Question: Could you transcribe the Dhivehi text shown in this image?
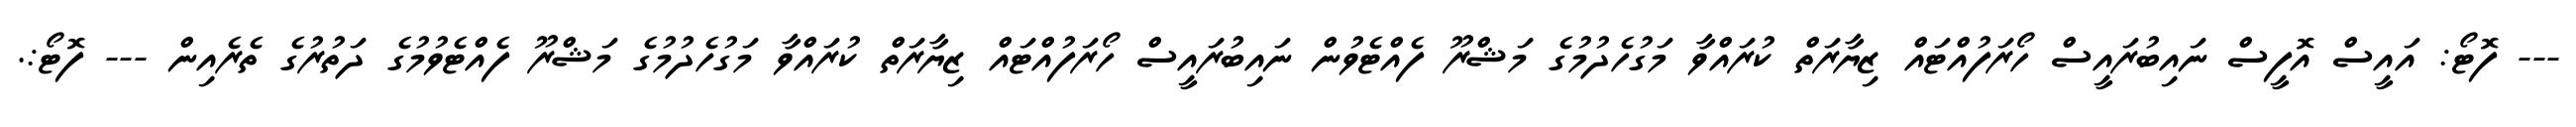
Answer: --- ފޮޓޯ: އައީސް އޮފީސް ނައިބުރައީސް ހޯރަފުއްޓައް ޒިޔާރަތް ކުރައްވާ މަގުހެދުމުގެ މަޝްރޫ ފެއްޓެވުން ނައިބުރައީސް ހޯރަފުއްޓައް ޒިޔާރަތް ކުރައްވާ މަގުހެދުމުގެ މަޝްރޫ ފެއްޓެވުމުގެ ދަތުރުގެ ތެރެއިން --- ފޮޓޯ:.